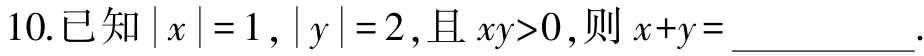
10.已知\(\vert x\vert = 1\)，\(\vert y\vert = 2\)，且\(xy>0\)，则\(x + y=\underline{\quad\quad}\).